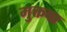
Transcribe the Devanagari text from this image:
मुक्तबा